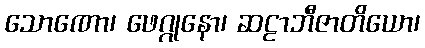
သောဏော၊ ဖေဂ္ဂုနော၊ ဆဠာဘီဇာတိယော၊